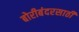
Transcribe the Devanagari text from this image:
बोरीबंदरसाठी